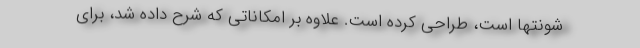
شونتها است، طراحی کرده است. علاوه بر امکاناتی که شرح داده شد، برای